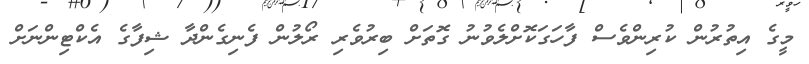
މީގެ އިތުރުން ކުރިންވެސް ފާހަގަކޮށްލެވުނު ގޮތަށް ބިރުވެރި ރޯލުން ފެނިގެންދާ ޝިފާގެ އެކްޓިންނަށް